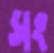
সং